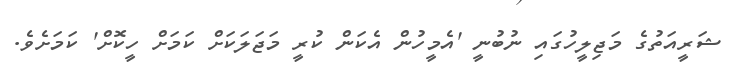
ޝަރީއަތުގެ މަޖިލީހުގައި ނުބުނީ 'އެމީހުން އެކަން ކުރީ މަޖަލަކަށް ކަމަށް ހީކޮށް' ކަމަށެވެ.